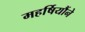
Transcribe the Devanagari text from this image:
महर्षियौंने